Report of the Bombay Veterinary College
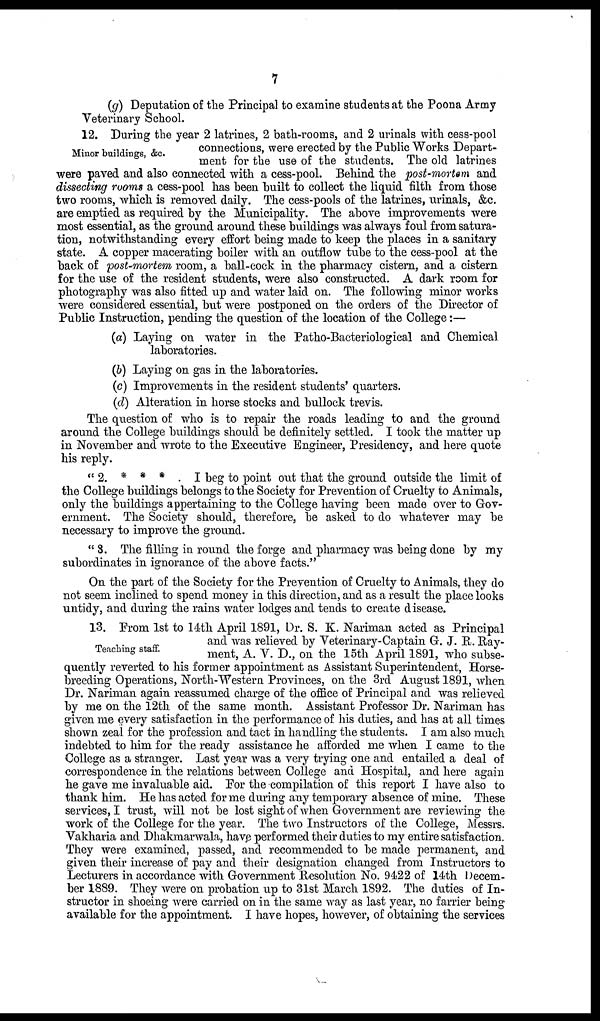
7
(g) Deputation of the Principal to examine students at the Poona Army
Veterinary School.
Minor buildings, &c.
12. During the year 2 latrines, 2 bath-rooms, and 2 urinals with cess-pool
connections, were erected by the Public Works Depart-
ment for the use of the students. The old latrines
were paved and also connected with a cess-pool. Behind the post-mortem and
dissecting rooms a cess-pool has been built to collect the liquid filth from those
two rooms, which is removed daily. The cess-pools of the latrines, urinals, &c.
are emptied as required by the Municipality. The above improvements were
most essential, as the ground around these buildings was always foul from satura-
tion, notwithstanding every effort being made to keep the places in a sanitary
state. A copper macerating boiler with an outflow tube to the cess-pool at the
back of post-mortem room, a ball-cock in the pharmacy cistern, and a cistern
for the use of the resident students, were also constructed. A dark room for
photography was also fitted up and water laid on. The following minor works
were considered essential, but were postponed on the orders of the Director of
Public Instruction, pending the question of the location of the College:—
(a) Laying on water in the Patho-Bacteriological and Chemical
laboratories.
(b) Laying on gas in the laboratories.
(c) Improvements in the resident students' quarters.
(d) Alteration in horse stocks and bullock trevis.
The question of who is to repair the roads leading to and the ground
around the College buildings should be definitely settled. I took the matter up
in November and wrote to the Executive Engineer, Presidency, and here quote
his reply.
'' 2. * * * . I beg to point out that the ground outside the limit of
the College buildings belongs to the Society for Prevention of Cruelty to Animals,
only the buildings appertaining to the College having been made over to Gov-
ernment. The Society should, therefore, be asked to do whatever may be
necessary to improve the ground.
" 3. The filling in round the forge and pharmacy was being done by my
subordinates in ignorance of the above facts."
On the part of the Society for the Prevention of Cruelty to Animals, they do
not seem inclined to spend money in this direction, and as a result the place looks
untidy, and during the rains water lodges and tends to create disease.
Teaching staff.
13. From 1st to 14th April 1891, Dr. S. K. Nariman acted as Principal
and was relieved by Veterinary-Captain G. J. R. Ray-
ment, A. V. D., on the 15th April 1891, who subse-
quently reverted to his former appointment as Assistant Superintendent, Horse-
breeding Operations, North-Western Provinces, on the 3rd August 1891, when
Dr. Nariman again reassumed charge of the office of Principal and was relieved
by me on the 12th of the same month. Assistant Professor Dr. Nariman has
given me every satisfaction in the performance of his duties, and has at all times
shown zeal for the profession and tact in handling the students. I am also much
indebted to him for the ready assistance he afforded me when I came to the
College as a stranger. Last year was a very trying one and entailed a deal of
correspondence in the relations between College and Hospital, and here again
he gave me invaluable aid. For the compilation of this report I have also to
thank him. He has acted for me during any temporary absence of mine. These
services, I trust, will not be lost sight of when Government are reviewing the
work of the College for the year. The two Instructors of the College, Messrs.
Vakharia and Dhakmarwala, have performed their duties to my entire satisfaction.
They were examined, passed, and recommended to be made permanent, and
given their increase of pay and their designation changed from Instructors to
Lecturers in accordance with Government Resolution No. 9422 of 14th Decem-
ber 1889. They were on probation up to 31st March 1892. The duties of In-
structor in shoeing were carried on in the same way as last year, no farrier being
available for the appointment. I have hopes, however, of obtaining the services